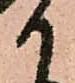
か